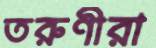
তরুণীরা